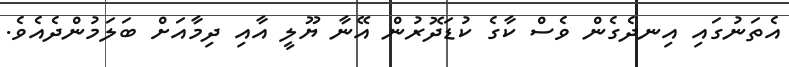
އެތަނުގައި އިނދެގެން ވެސް ކާގެ ކުޑަދޮރުން އޭނާ ޔޫލީ އާއި ދިމާއަށް ބަލަމުންދެއެވެ.